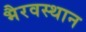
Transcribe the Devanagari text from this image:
भैरवस्थान